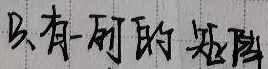
3. 有一可逆的矩阵